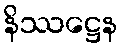
နိဿဋ္ဌေန